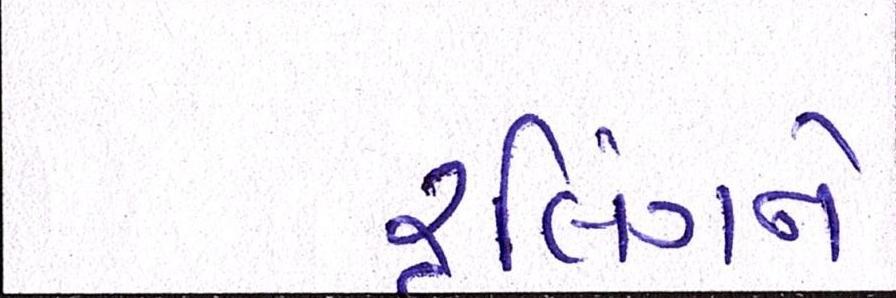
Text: રૃલિંગને